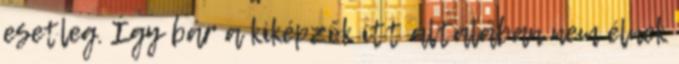
esetleg. Így bár a kiképzők itt általában nem élnek